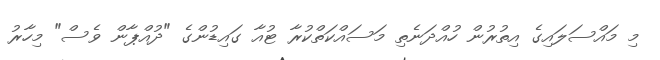
މި މައްސަލައިގެ އިތުރުން ހުއްދަނެތި މަސައްކަތްކުރާ ޓުއާ ގައިޑުންގެ "ދުއްޕާން ވެސް" މިހާރު